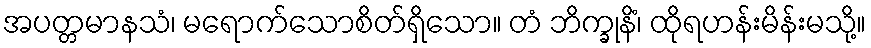
အပတ္တမာနသံ၊ မရောက်သောစိတ်ရှိသော။ တံ ဘိက္ခုနိံ၊ ထိုရဟန်းမိန်းမသို့။